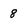
Character: 8